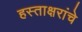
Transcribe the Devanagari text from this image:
हस्ताक्षरांचे